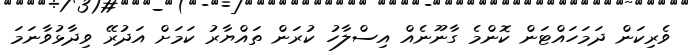
ވެރިކަން ދަމަހައްޓަން ކޮންމެ ގާނޫނެއް އިސްލާހު ކުރަން ތައްޔާރު ކަމަށް އަދުރޭ ވިދާޅުވާނަމަ